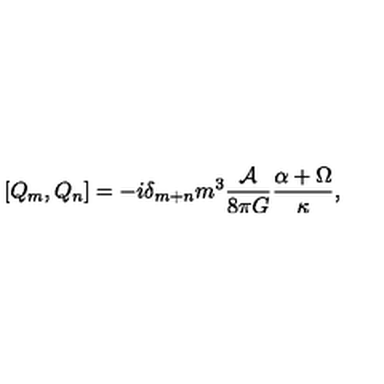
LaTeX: \left[ Q _ { m } , Q _ { n } \right] = - i \delta _ { m + n } m ^ { 3 } \frac { { \cal A } } { 8 \pi G } \frac { \alpha + \Omega } { \kappa } ,